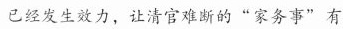
已经发生效力，让清官难断的“家务事”有